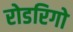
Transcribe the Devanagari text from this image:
रोडरिगो